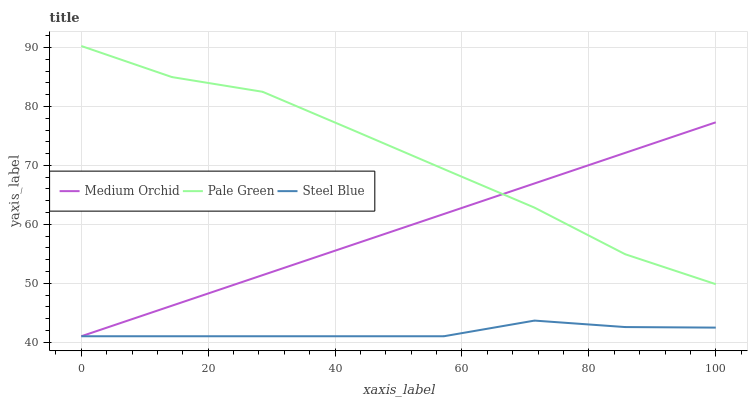
| xaxis_label | Medium Orchid | Pale Green | Steel Blue |
 | --- | --- | --- | --- |
 | 0 | 41 | 90.3 | 41 |
 | 14.3 | 46.2 | 85 | 41 |
 | 28.6 | 51.4 | 82.5 | 41 |
 | 42.9 | 56.6 | 76 | 41 |
 | 57.1 | 61.8 | 69.4 | 41 |
 | 71.4 | 66.9 | 62.8 | 43.7 |
 | 85.7 | 72.1 | 54.9 | 42.6 |
 | 100 | 77.3 | 49.8 | 42.5 |